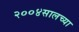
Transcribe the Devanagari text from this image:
२००४सालच्या